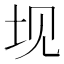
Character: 𰉚